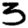
Digit: 3